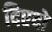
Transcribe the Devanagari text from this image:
दिएदो